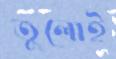
তুলোই